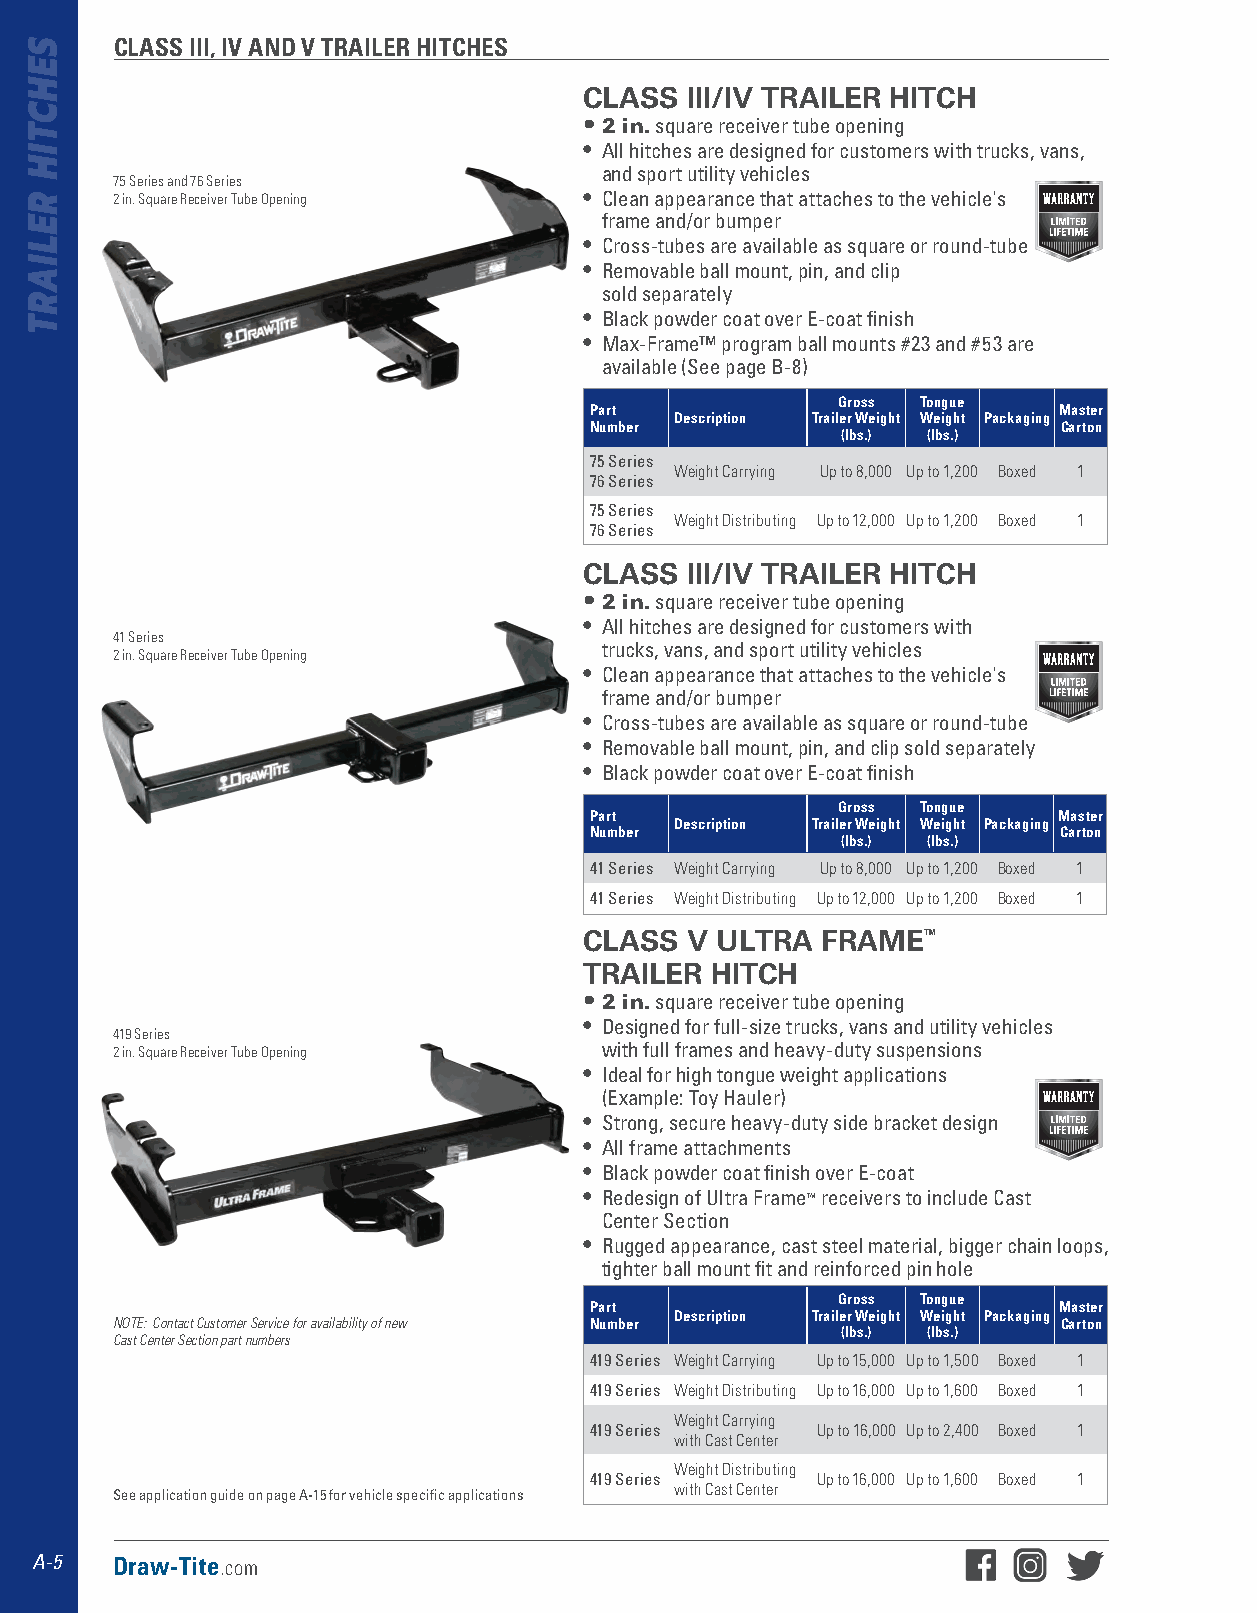
CLASS III, IV AND V TRAILER HITCHES
 CLASS III/IV TRAILER HITCH
 • 2 in. square receiver tube opening
 • All hitches are designed for customers with trucks, vans,
 and sport utility vehicles
 75 Series and 76 Series
 2 in. Square Receiver Tube Opening • Clean appearance that attaches to the vehicle's
 frame and/or bumper
 • Cross-tubes are available as square or round-tube
 • Removable ball mount, pin, and clip
 sold separately
 • Black powder coat over E-coat finish
 • Max-Frame™ program ball mounts #23 and #53 are
 available (See page B-8)
 Gross Tongue
 Part                           Master
 Description Trailer Weight Weight Packaging
 Number                         Carton
 (lbs.) (lbs.)
 75 Series
 Weight Carrying Up to 8,000 Up to 1,200 Boxed 1
 76 Series
 75 Series
 Weight Distributing Up to 12,000 Up to 1,200 Boxed 1
 76 Series
 CLASS III/IV TRAILER HITCH
 • 2 in. square receiver tube opening
 • All hitches are designed for customers with
 41 Series
 trucks, vans, and sport utility vehicles
 2 in. Square Receiver Tube Opening
 • Clean appearance that attaches to the vehicle's
 frame and/or bumper
 • Cross-tubes are available as square or round-tube
 • Removable ball mount, pin, and clip sold separately
 • Black powder coat over E-coat finish
 Gross Tongue
 Part                           Master
 Description Trailer Weight Weight Packaging
 Number                         Carton
 (lbs.) (lbs.)
 41 Series Weight Carrying Up to 8,000 Up to 1,200 Boxed 1
 41 Series Weight Distributing Up to 12,000 Up to 1,200 Boxed 1
 CLASS V ULTRA  FRAME™
 TRAILER HITCH
 • 2 in. square receiver tube opening
 • Designed for full-size trucks, vans and utility vehicles
 419 Series
 2 in. Square Receiver Tube Opening with full frames and heavy-duty suspensions
 • Ideal for high tongue weight applications
 (Example: Toy Hauler)
 • Strong, secure heavy-duty side bracket design
 • All frame attachments
 • Black powder coat finish over E-coat
 • Redesign of Ultra Frame™ receivers to include Cast
 Center Section
 • Rugged appearance, cast steel material, bigger chain loops,
 tighter ball mount fit and reinforced pin hole
 Gross Tongue
 Part                           Master
 Description Trailer Weight Weight Packaging
 NOTE: Contact Customer Service for availability of new Number  Carton
 (lbs.) (lbs.)
 Cast Center Section part numbers
 419 Series Weight Carrying Up to 15,000 Up to 1,500 Boxed 1
 419 Series Weight Distributing Up to 16,000 Up to 1,600 Boxed 1
 Weight Carrying
 419 Series     Up to 16,000 Up to 2,400 Boxed 1
 with Cast Center
 Weight Distributing
 419 Series     Up to 16,000 Up to 1,600 Boxed 1
 See application guide on page A-15 for vehicle specific applications with Cast Center
 A-5  Draw-Tite.com
 SEHCTIH
 RELIART